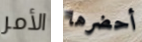
الأمر أحضرها